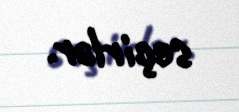
seçirlər.